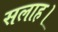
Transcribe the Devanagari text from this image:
सलाह।